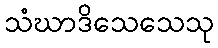
သံဃာဒိသေသေသု